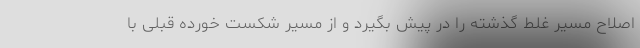
اصلاح مسیر غلط گذشته را در پیش بگیرد و از مسیر شکست خورده قبلی با